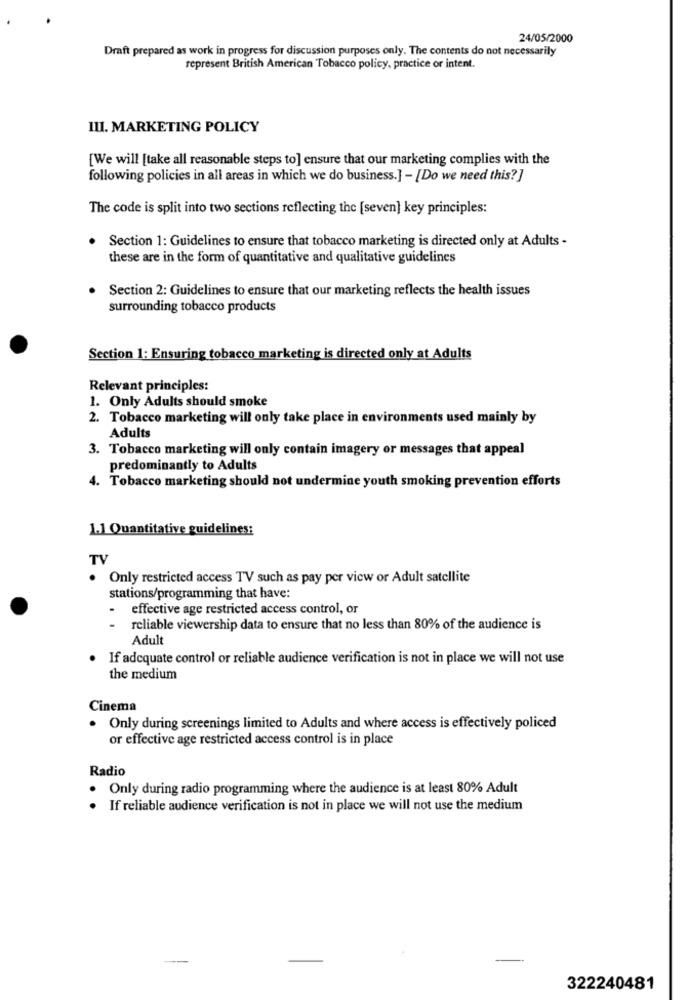
24/05/2000
Draft prepared as work in progress for discussion purposes only. The contents do not necessarily
represent British American Tobacco policy, practice or intent.
III. MARKETING POLICY
[We will [take all reasonable steps to] ensure that our marketing complies with the
following policies in all areas in which we do business.] - [Do we need this?]
The code is split into two sections reflecting the [seven] key principles:
Section 1: Guidelines to ensure that tobacco marketing is directed only at Adults -
these are in the form of quantitative and qualitative guidelines
Section 2: Guidelines to ensure that our marketing reflects the health issues
surrounding tobacco products
Section 1: Ensuring tobacco marketing is directed only at Adults
Relevant principles:
1. Only Adults should smoke
2. Tobacco marketing will only take place in environments used mainly by
Adults
3. Tobacco marketing will only contain imagery or messages that appeal
predominantly to Adults
4. Tobacco marketing should not undermine youth smoking prevention efforts
1.1 Quantitative guidelines:
TV
Only restricted access TV such as pay per view or Adult satellite
stations/programming that have:
effective age restricted access control, or
reliable viewership data to ensure that no less than 80% of the audience is
Adult
. If adequate control or reliable audience verification is not in place we will not use
the medium
Cinema
. Only during screenings limited to Adults and where access is effectively policed
or effective age restricted access control is in place
Radio
Only during radio programming where the audience is at least 80% Adult
. If reliable audience verification is not in place we will not use the medium
322240481